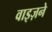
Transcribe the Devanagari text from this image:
वाइज़ने